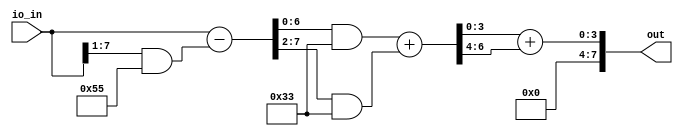
module user_module_341497964482527828(
  input wire [7:0] io_in,
  output wire [7:0] out
);
  wire [7:0] io_in__1;
  wire [6:0] add_121;
  wire [3:0] add_127;
  assign io_in__1 = io_in - ({1'h0, io_in[7:1]} & 8'h55);
  assign add_121 = (io_in__1[6:0] & 7'h33) + ({1'h0, io_in__1[7:2]} & 7'h33);
  assign add_127 = add_121[3:0] + {1'h0, add_121[6:4]};
  assign out = {4'h0, add_127};
endmodule